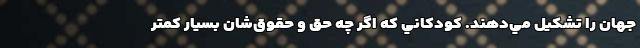
جهان را تشكيل مي‌دهند. كودكاني كه اگر چه حق و حقوق‌شان بسيار كمتر